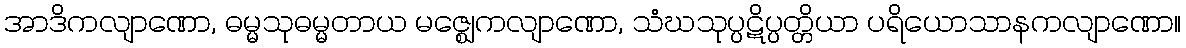
အာဒိကလျာဏော, ဓမ္မသုဓမ္မတာယ မဇ္ဈေကလျာဏော, သံဃသုပ္ပဋိပ္ပတ္တိယာ ပရိယောသာနကလျာဏော။